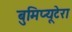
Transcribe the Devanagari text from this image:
बुमिप्यूटेरा